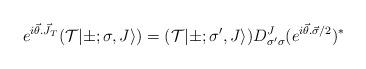
LaTeX: \begin{align*}e^{i \vec{\theta}.\vec{J}_T}({\cal T}|\pm;\sigma,J \rangle )=({\cal T}|\pm;{\sigma}',J \rangle)D^J_{{\sigma}'{\sigma}}(e^{i \vec{\theta}.\vec{\sigma}/2})^*\end{align*}